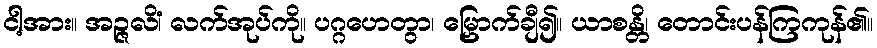
ငါ့အား။ အဉ္ဇလိံ၊ လက်အုပ်ကို။ ပဂ္ဂဟေတွာ၊ မြှောက်ချီ၍။ ယာစန္တိ၊ တောင်းပန်ကြကုန်၏။